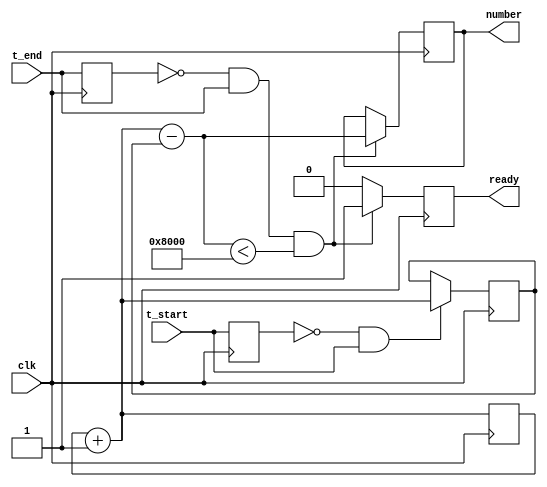
`timescale 1ns / 1ps
/* Measures elapsed time between two signals.
 * The `number` is the number of positive edges of the clock signal.
 */

module TIME(
    input clk,
    input t_start,
    input t_end,
	 output [15:0] number,
	 output ready
    );
	reg [15:0] counter = 0;
	reg [15:0] start = 0;
	
	reg [15:0] out_reg = 16'hDEAD;
	assign number = out_reg;

	reg ready_source = 0;
	assign ready = ready_source;
	
	reg last_t_start = 1;
	reg last_t_end = 1;
	
	always @(posedge clk)
	begin
		counter = counter + 1;
		
		if (~last_t_end & t_end & (counter - start < 16'h8000))
		begin
			ready_source <= 1;
			out_reg <= counter - start;
		end
		else ready_source <= 0;
		
		if (~last_t_start & t_start) start <= counter;
		
		last_t_end <= t_end;
		last_t_start <= t_start;
	end
	

endmodule